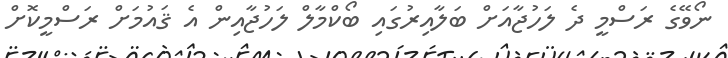
ނޯވޭގެ ރަސްމީ ދެ ލަހުޖާއަށް ބަލާއިރުގައި ބޯކްމާލް ލަހުޖާއިން އެ ޤައުމަށް ރަސްމީކޮށް